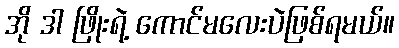
အို ဒါ ဖြိုးရဲ့ ကောင်မလေးပဲဖြစ်ရမယ်။